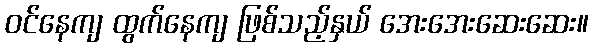
ဝင်နေကျ ထွက်နေကျ ဖြစ်သည့်နှယ် အေးအေးဆေးဆေး။